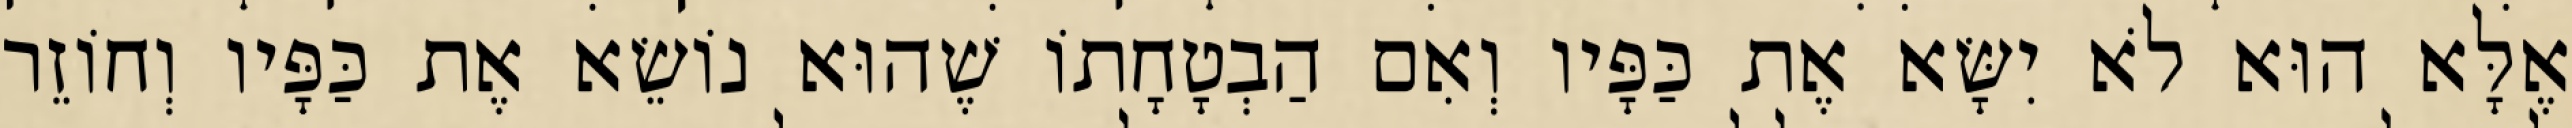
אֶלָּא הוּא לֹא יִשָּׂא אֶת כַּפָּיו וְאִם הַבְטָחָתוֹ שֶׁהוּא נוֹשֵׂא אֶת כַּפָּיו וְחוֹזֵר